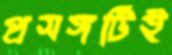
প্রসঙ্গটিই